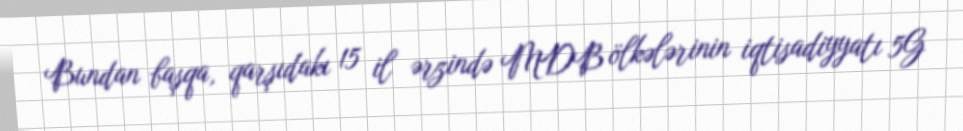
Bundan başqa, qarşıdakı 15 il ərzində MDB ölkələrinin iqtisadiyyatı 5G